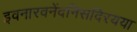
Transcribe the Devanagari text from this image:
इवनारवनेंदनिसदिरयया